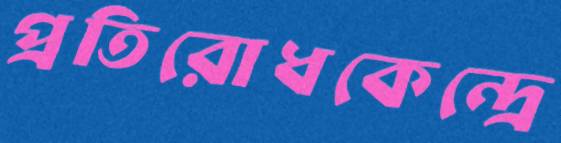
প্রতিরোধকেন্দ্রে